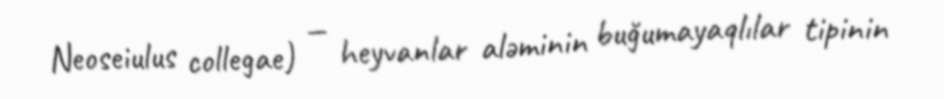
Neoseiulus collegae) — heyvanlar aləminin buğumayaqlılar tipinin